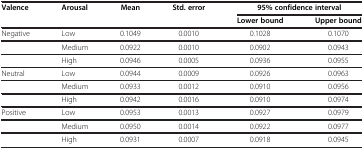
| Valence | Arousal | Mean | Std. error | <COLSPAN=2> 95% confidence interval |
 |  |  |  |  | Lower bound | Upper bound |
 | --- | --- | --- | --- | --- | --- |
 | Negative | Low | 0.1049 | 0.0010 | 0.1028 | 0.1070 |
 |  | Medium | 0.0922 | 0.0010 | 0.0902 | 0.0943 |
 |  | High | 0.0946 | 0.0005 | 0.0936 | 0.0955 |
 | Neutral | Low | 0.0944 | 0.0009 | 0.0926 | 0.0963 |
 |  | Medium | 0.0933 | 0.0012 | 0.0910 | 0.0956 |
 |  | High | 0.0942 | 0.0016 | 0.0910 | 0.0974 |
 | Positive | Low | 0.0953 | 0.0013 | 0.0927 | 0.0979 |
 |  | Medium | 0.0950 | 0.0014 | 0.0922 | 0.0977 |
 |  | High | 0.0931 | 0.0007 | 0.0918 | 0.0945 |